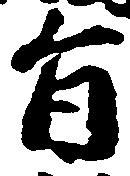
旨